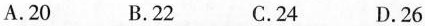
A.20 B.22 C.24 D.26